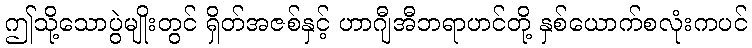
ဤသို့သောပွဲမျိုးတွင် ရှိတ်အဇစ်နှင့် ဟာဂျီအီဘရာဟင်တို့ နှစ်ယောက်စလုံးကပင်